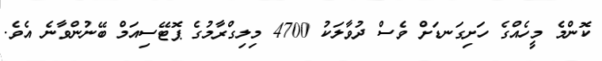
ކޮންމެ މީހެއްގެ ހަށިގަނޑަށް ވެސް ދުވާލަކު 4700 މިލިގްރާމުގެ ޕޮޓޭސިއަމް ބޭނުންވާނެ އެވެ.